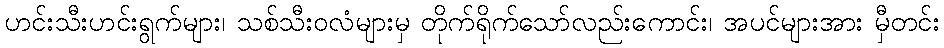
ဟင်းသီးဟင်းရွက်များ၊ သစ်သီးဝလံများမှ တိုက်ရိုက်သော်လည်းကောင်း၊ အပင်များအား မှီတင်း